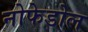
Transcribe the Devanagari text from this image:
नोफेडोल